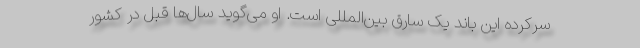
سرکرده این باند یک سارق بین‌المللی است. او می‌گوید سال‌ها قبل در کشور